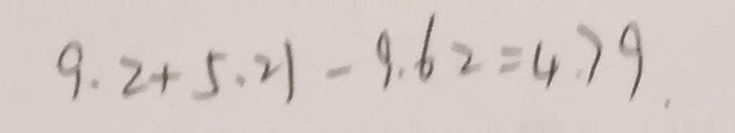
9 . 2 + 5 . 2 1 - 9 . 6 2 = 4 . 7 9